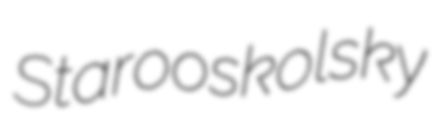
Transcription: Starooskolsky